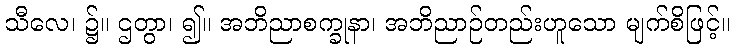
သီလေ၊ ၌။ ဌတွာ၊ ၍။ အဘိညာစက္ခုနာ၊ အဘိညာဉ်တည်းဟူသော မျက်စိဖြင့်။